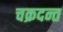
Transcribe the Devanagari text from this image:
चक्रदन्त